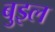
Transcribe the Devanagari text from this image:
बुइल